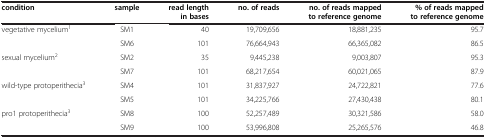
<table><thead><tr><td><b>condition</b></td><td><b>sample</b></td><td><b>read length in bases</b></td><td><b>no. of reads</b></td><td><b>no. of reads mappedto reference genome</b></td><td><b>% of reads mappedto reference genome</b></td></tr></thead><tbody><tr><td rowspan="2">vegetative mycelium<sup>1</sup></td><td>SM1</td><td>40</td><td>19,709,656</td><td>18,881,235</td><td>95.7</td></tr><tr><td>SM6</td><td>101</td><td>76,664,943</td><td>66,365,082</td><td>86.5</td></tr><tr><td rowspan="2">sexual mycelium<sup>2</sup></td><td>SM2</td><td>35</td><td>9,445,238</td><td>9,003,807</td><td>95.3</td></tr><tr><td>SM7</td><td>101</td><td>68,217,654</td><td>60,021,065</td><td>87.9</td></tr><tr><td rowspan="2">wild-type protoperithecia<sup>3</sup></td><td>SM4</td><td>101</td><td>31,837,927</td><td>24,722,821</td><td>77.6</td></tr><tr><td>SM5</td><td>101</td><td>34,225,766</td><td>27,430,438</td><td>80.1</td></tr><tr><td>pro1 protoperithecia<sup>3</sup></td><td>SM8</td><td>100</td><td>52,257,489</td><td>30,321,586</td><td>58.0</td></tr><tr><td> </td><td>SM9</td><td>100</td><td>53,996,808</td><td>25,265,576</td><td>46.8</td></tr></tbody></table>